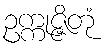
ဥက္ကုဇ္ဇိတုံ